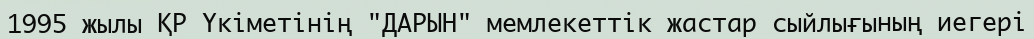
1995 жылы ҚР Үкіметінің "ДАРЫН" мемлекеттік жастар сыйлығының иегері